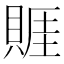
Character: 䝽